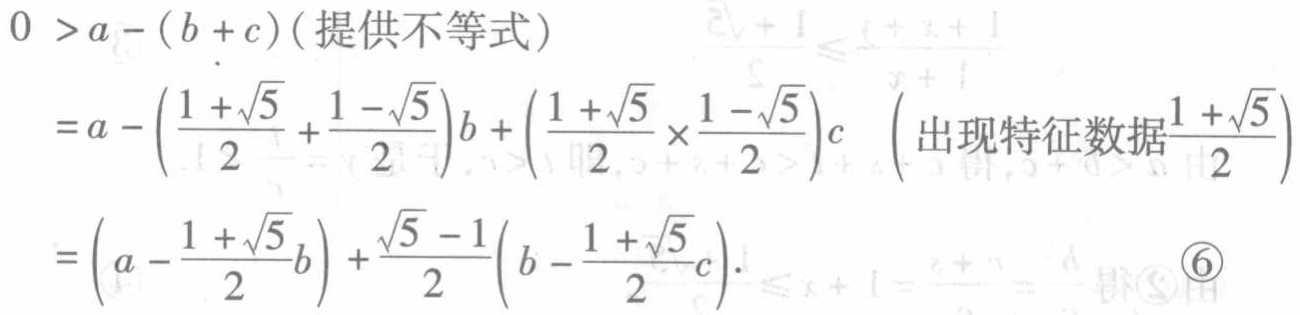
\[

\begin{align*}

0&>a - (b + c) \text{（提供不等式）}\\

&=a - \left(\frac{1 + \sqrt{5}}{2} + \frac{1 - \sqrt{5}}{2}\right)b + \left(\frac{1 + \sqrt{5}}{2} \times \frac{1 - \sqrt{5}}{2}\right)c \quad \left(\text{出现特征数据}\frac{1 + \sqrt{5}}{2}\right)\\

&=\left(a - \frac{1 + \sqrt{5}}{2}b\right) + \frac{\sqrt{5} - 1}{2}\left(b - \frac{1 + \sqrt{5}}{2}c\right). \quad \textcircled{6}

\end{align*}

\]